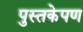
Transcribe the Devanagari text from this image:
पुस्तकेपण